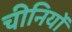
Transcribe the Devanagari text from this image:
चीनियाें